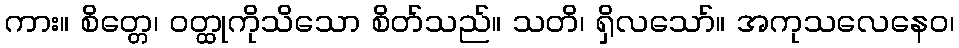
ကား။ စိတ္တေ၊ ဝတ္ထုကိုသိသော စိတ်သည်။ သတိ၊ ရှိလသော်။ အကုသလေနေဝ၊